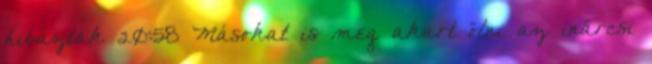
hibáztak 20:58 Másokat is meg akart ölni az inárcsi